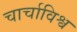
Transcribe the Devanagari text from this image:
चार्चाविश्व